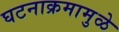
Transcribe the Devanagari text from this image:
घटनाक्रमामुळे